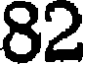
82